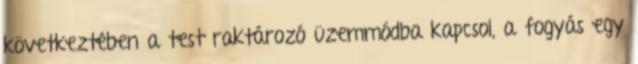
következtében a test raktározó üzemmódba kapcsol, a fogyás egy